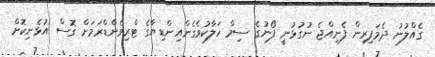
ގެއްލުނު ދެމަފިރިން ފެނިއްޖެ ނުގުޅުނީ ފޯނުގެ ސިމް ހަލާކުވެގެންއިންޑިޔާގެ ޓްރިވެންޑްރަމަށް ގޮސް އުޅެނިކޮށް